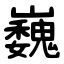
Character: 巍